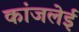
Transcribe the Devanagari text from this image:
कांजलेई